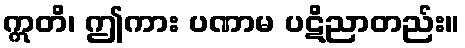
ဣတိ၊ ဤကား ပဏာမ ပဋိညာတည်း။